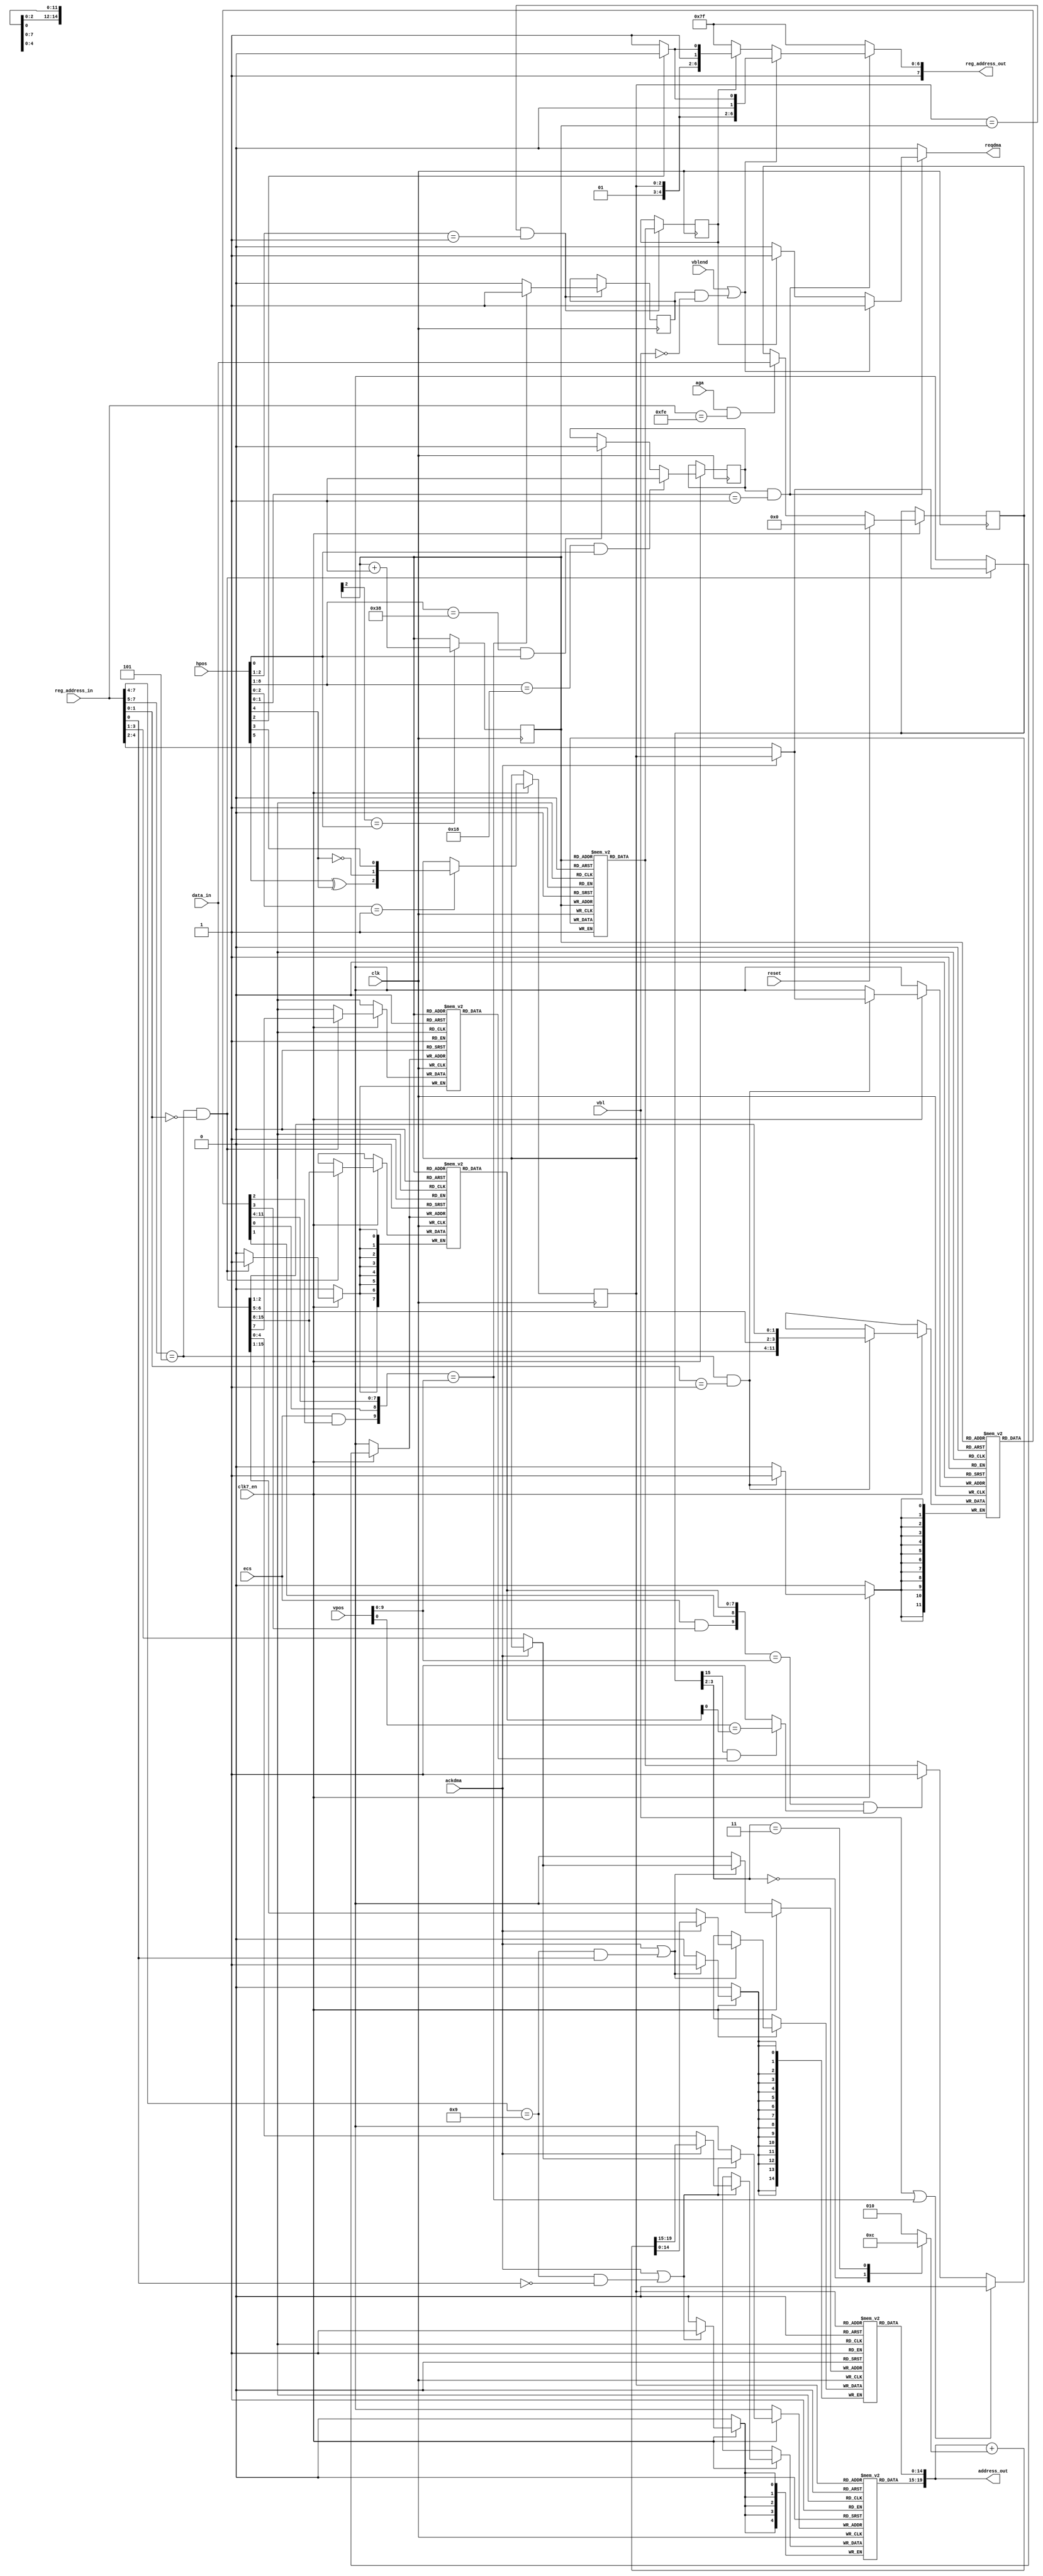
// This program was cloned from: https://github.com/rkrajnc/minimig-mist
// License: GNU General Public License v3.0

////////////////////////////////////////////////////////////////////////////////
//                                                                            //
// Copyright 2006, 2007 Dennis van Weeren                                     //
// Copyright 2008, Jakub Bedmarski                                            //
// Copyright 2011-2015, Rok Krajnc                                            //
//                                                                            //
// This file is part of Minimig                                               //
//                                                                            //
// Minimig is free software; you can redistribute it and/or modify            //
// it under the terms of the GNU General Public License as published by       //
// the Free Software Foundation; either version 3 of the License, or          //
// (at your option) any later version.                                        //
//                                                                            //
// Minimig is distributed in the hope that it will be useful,                 //
// but WITHOUT ANY WARRANTY; without even the implied warranty of             //
// MERCHANTABILITY or FITNESS FOR A PARTICULAR PURPOSE.  See the              //
// GNU General Public License for more details.                               //
//                                                                            //
// You should have received a copy of the GNU General Public License          //
// along with this program.  If not, see <http://www.gnu.org/licenses/>.      //
//                                                                            //
////////////////////////////////////////////////////////////////////////////////
//                                                                            //
// Sprite DMA engine                                                           //
//                                                                            //
////////////////////////////////////////////////////////////////////////////////


/*
JB: some conclusions of sprite engine investigation, it seems to be as follows:
- during vblank sprite dma is disabled by hardware, no automatic fetches occur but copper or cpu
can write to any sprite register, and all SPRxPTR pointers should be refreshed
- during the last line of vblank (PAL: $19, NTSC: $14) if sprite dma is enabled
it fetches SPRxPOS/SPRxCTL registers according to current SPRxPTR pointers
  This is the only chance for DMA to fetch new values of SPRxPOS/SPRxCTL. If DMA isn't enabled
during this line new values won't be placed into SPRxPOS/SPRxCTL registers.
  Enabling DMA after this line can have two results depending on current value of SPRxPOS/SPRxCTL.
- if VSTOP value is matched first with VERBEAM, data from memory is fetched and placed into SPRxPOS/SPRxCTL
- or if VSTART value is matched with VERBEAM, data from memory is fetched and placed into SPRxDATA/SPRxDATB
  and the situation repeats with every new line until VSTOP condition is met.
The VSTOP condition takes precedence.
  If you set VSTART to value lower or the same (remember that VSTOP takes precedence) as the current VERBEAM
this condition will never be met and sprite engine will wait till VSTOP matches VERBEAM. If it happens then it
fetches another two words into SPRxPOS/SPRxCTL. And again if new VSTART is lower or the same as VERBEAM
it will fetch another new SPRxPOS/SPRxCTL when VSTOP is met (or will wait till next vbl).
  To disable further sprite list processing it's enough to set VSTART and VSTOP to values which are outside
of the screen or has been already achieved.

  When waiting for VSTART condition any write to SPRxDATA (write to SPRxDATB takes no effect) makes the written value
visible on the screen but it doesn't start DMA although it's enabled. The same value is displayed in every subsequent
line until DMA starts and delivers new data to SPRxDAT or SPRxCTL is written (by DMA, copper or cpu).
It seems like only VSTART condition starts DMA transfer.
  Any write to SPRxCTL while DMA is active doesn't stop display but new value of VSTOP takes effect. Actually
display is reenabled by DMA write to SPRxDATA in next line.
  The same applies to SPRxPOS writes when sprite is beeing displayed - only HSTART position changes (if new VSTART
is specified to be met before VSTOP nothing interesting happens).

  The DMA engine sees VSTART condition as true even if DMA is dissabled. Enabling DMA after VSTART and before VSTOP
starts sprite display in enabled line (if it's enabled early enough).
  Dissabling DMA in the line when new SPRxPOS/SPRxCTL is fetched and enabling it in the next one results in stopped
DMA transfer but the last line of sprite is displayed till the end of the screen.

VSTART and VSTOP specified within vbl are not met.
vbl stops dma transfer.
The first possible line to display a sprite is line $1A (PAL).
During vbl SPRxPOS/SPRxCTL are not automatically modified, values written before vbl are still present when vbl ends.

algo:
  if vbl or VSTOP : disable data dma
  else if VSTART: start data dma

  if vblend or (VSTOP and not vbl): dma transfer to sprxpos/sprxctl
  else if data dma active: transfer to sprxdata/sprcdatb

It doesn't seem to be complicated :)

Sprite which has been triggered by write to SPRxDATA is not disabled by vbl.
It seems that vstop and vstart conditions are checked every cycle.
Dma doesn't fetch new pos/ctl if vstop is not equal to the current line number.

Feature:
If new vstart is specified to be the same as the line during which it's fetched, display starts in the next line
but is one line shorter.
*/

module agnus_spritedma (
  input   clk,              // bus clock
  input clk7_en,
  input reset,
  input aga,
  input  ecs,            // enable ECS extension bits
  output  reg reqdma,          // sprite dma engine requests dma cycle
  input  ackdma,            // agnus dma priority logic grants dma cycle
  input  [8:0] hpos,          // agnus internal horizontal position counter (advanced by 4 CCKs)
  input  [10:0] vpos,        // vertical beam counter
  input  vbl,            // vertical blanking
  input  vblend,            // last line of vertical blanking
  input  [8:1] reg_address_in,    // register address inputs
  output   reg [8:1] reg_address_out,  // register address outputs
  input  [15:0] data_in,        // bus data in
  output  [20:1] address_out      // chip address out
);


//register names and adresses
parameter SPRPTBASE_REG     = 9'h120;    //sprite pointers base address
parameter SPRPOSCTLBASE_REG = 9'h140;    //sprite data, position and control register base address
parameter FMODE_REG         = 9'h1fc;

//local signals
reg   [20:16] sprpth [7:0];    //upper 5 bits sprite pointers register bank
reg   [15:1]  sprptl [7:0];    //lower 16 bits sprite pointers register bank
reg    [15:8]  sprpos [7:0];    //sprite vertical start position register bank
reg           sprposh [7:0];  // sprite horizontal position (SH10)
reg    [15:4]  sprctl [7:0];    //sprite vertical stop position register bank
                  //JB: implementing ECS extended vertical sprite position

wire  [9:0] vstart;        //vertical start of selected sprite
wire        spr_sscan2;   // sprite scan double bit
wire  [9:0] vstop;        //vertical stop of selected sprite
reg    [2:0] sprite;        //sprite select signal
wire  [20:1] newptr;        //new sprite pointer value

reg   enable;            //horizontal position in sprite region

//the following signals change their value during cycle 0 of 4-cycle dma sprite window
reg    sprvstop;          //current line is sprite's vstop
reg    sprdmastate;        //sprite dma state (sprite image data cycles)

reg    dmastate_mem [7:0];      //dma state for every sprite
wire  dmastate;          //output from memory
reg    dmastate_in;        //input to memory

reg    [2:0] sprsel;        //memory selection

//sprite selection signal (in real amiga sprites are evaluated concurently,
//in our solution to save resources they are evaluated sequencially but 8 times faster (28MHz clock)
always @ (posedge clk) begin
  if (sprsel[2]==hpos[0])    //sprsel[2] is synced with hpos[0]
    sprsel <= #1 sprsel + 1'b1;
end

//--------------------------------------------------------------------------------------

// fmode reg
reg  [16-1:0] fmode;

always @ (posedge clk) begin
  if (clk7_en) begin
    if (reset)
      fmode <= #1 16'h0000;
    else if (aga && (reg_address_in[8:1] == FMODE_REG[8:1]))
      fmode <= #1 data_in;
  end
end

reg  [ 3-1:0] spr_fmode_ptradd;

always @ (*) begin
  case(fmode[3:2])
    2'b00   : spr_fmode_ptradd = 3'd1;
    2'b11   : spr_fmode_ptradd = 3'd4;
    default : spr_fmode_ptradd = 3'd2;
  endcase
end

//register bank address multiplexer
wire  [2:0] ptsel;      //sprite pointer and state registers select
wire  [2:0] pcsel;      //sprite position and control registers select

assign ptsel = (ackdma) ? sprite : reg_address_in[4:2];
assign pcsel = (ackdma) ? sprite : reg_address_in[5:3];

//sprite pointer arithmetic unit
assign newptr = address_out[20:1] + spr_fmode_ptradd;

//sprite pointer high word register bank (implemented using distributed ram)
wire [20:16] sprpth_in;
assign sprpth_in = ackdma ? newptr[20:16] : data_in[4:0];

always @ (posedge clk) begin
  if (clk7_en) begin
    if (ackdma || ((reg_address_in[8:5]==SPRPTBASE_REG[8:5]) && !reg_address_in[1]))//if dma cycle or bus write
      sprpth[ptsel] <= #1 sprpth_in;
  end
end

assign address_out[20:16] = sprpth[sprite];

//sprite pointer low word register bank (implemented using distributed ram)
wire [15:1]sprptl_in;
assign sprptl_in = ackdma ? newptr[15:1] : data_in[15:1];
always @ (posedge clk) begin
  if (clk7_en) begin
    if (ackdma || ((reg_address_in[8:5]==SPRPTBASE_REG[8:5]) && reg_address_in[1]))//if dma cycle or bus write
      sprptl[ptsel] <= #1 sprptl_in;
  end
end

assign address_out[15:1] = sprptl[sprite];

//sprite vertical start position register bank (implemented using distributed ram)
always @ (posedge clk) begin
  if (clk7_en) begin
    if ((reg_address_in[8:6]==SPRPOSCTLBASE_REG[8:6]) && (reg_address_in[2:1]==2'b00)) begin
      // if bus write
      sprpos[pcsel]  <= #1 data_in[15:8];
      sprposh[pcsel] <= #1 data_in[7];
    end
  end
end

assign vstart[7:0] = sprpos[sprsel];

assign spr_sscan2 = sprposh[sprsel];

//sprite vertical stop position register bank (implemented using distributed ram)
always @ (posedge clk) begin
  if (clk7_en) begin
    if ((reg_address_in[8:6]==SPRPOSCTLBASE_REG[8:6]) && (reg_address_in[2:1]==2'b01))//if bus write
      sprctl[pcsel] <= #1 {data_in[15:8],data_in[6],data_in[5],data_in[2],data_in[1]};
  end
end

assign {vstop[7:0],vstart[9],vstop[9],vstart[8],vstop[8]} = sprctl[sprsel];

//sprite dma channel state register bank
//update dmastate when hpos is in sprite fetch region
//every sprite has allocated 8 system clock cycles with two active dma slots:
//the first during cycle #3 and the second during cycle #7
//first slot transfers data to sprxpos register during vstop or vblend or to sprxdata when dma is active
//second slot transfers data to sprxctl register during vstop or vblend or to sprxdatb when dma is active
//current dmastate is valid after cycle #1 for given sprite and it's needed during cycle #3 and #7
always @ (posedge clk) begin
  dmastate_mem[sprsel] <= #1 dmastate_in;
end

assign dmastate = dmastate_mem[sprsel];

//evaluating sprite image dma data state
always @ (*) begin
  if (vbl || ({ecs&vstop[9],vstop[8:0]}==vpos[9:0]))
    dmastate_in = 0;
  else if ( ({ecs&vstart[9],vstart[8:0]}==vpos[9:0]) && ((fmode[15] && spr_sscan2) ? (vpos[0] == vstart[0]) : 1'b1) ) // TODO fix needed!
    dmastate_in = 1;
  else
    dmastate_in = dmastate;
end

always @ (posedge clk) begin
  if (sprite==sprsel && hpos[2:1]==2'b01)
    sprdmastate <= #1 dmastate;
end

always @ (posedge clk) begin
  if (sprite==sprsel && hpos[2:1]==2'b01)
    if ({ecs&vstop[9],vstop[8:0]}==vpos[9:0])
      sprvstop <= #1 1'b1;
    else
      sprvstop <= #1 1'b0;
end

//--------------------------------------------------------------------------------------
//--------------------------------------------------------------------------------------

//check if we are allowed to allocate dma slots for sprites
//dma slots for sprites: even cycles from 18 to 38 (inclusive)
always @ (posedge clk) begin
  if (clk7_en) begin
    if (hpos[8:1]==8'h18 && hpos[0])
      enable <= #1 1'b1;
    else if (hpos[8:1]==8'h38 && hpos[0])
      enable <= #1 1'b0;
  end
end

//get sprite number for which we are going to do dma
always @ (posedge clk) begin
  if (clk7_en) begin
    if (hpos[2:0]==3'b001)
      sprite[2:0] <= #1 {hpos[5]^hpos[4],~hpos[4],hpos[3]};
  end
end

//generate reqdma signal
always @ (*) begin
  if (enable && hpos[1:0]==2'b01)
  begin
    if (vblend || (sprvstop && ~vbl))
    begin
      reqdma = 1;
      if (hpos[2])
        reg_address_out[8:1] = {SPRPOSCTLBASE_REG[8:6],sprite,2'b00};  //SPRxPOS
      else
        reg_address_out[8:1] = {SPRPOSCTLBASE_REG[8:6],sprite,2'b01};  //SPRxCTL
    end
    else if (sprdmastate)
    begin
      reqdma = 1;
      if (hpos[2])
        reg_address_out[8:1] = {SPRPOSCTLBASE_REG[8:6],sprite,2'b10};  //SPRxDATA
      else
        reg_address_out[8:1] = {SPRPOSCTLBASE_REG[8:6],sprite,2'b11};  //SPRxDATB
    end
    else
    begin
      reqdma = 0;
      reg_address_out[8:1] = 8'hFF;
    end
  end
  else
  begin
    reqdma = 0;
    reg_address_out[8:1] = 8'hFF;
  end
end


endmodule